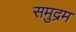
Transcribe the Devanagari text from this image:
समुद्रम